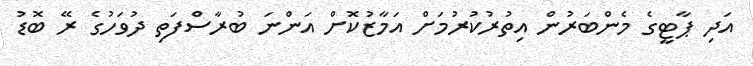
އަދި ޕާޓީގެ މެންބަރުން އިތުރުކުރުމަށް އަމާޒުކޮށް އަންނަ ބުރާސްފަތި ދުވަހުގެ ރޭ ބޮޑު